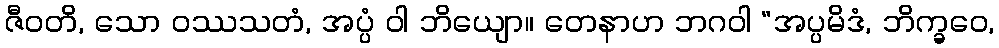
ဇီဝတိ, သော ဝဿသတံ, အပ္ပံ ဝါ ဘိယျော။ တေနာဟ ဘဂဝါ “အပ္ပမိဒံ, ဘိက္ခဝေ,